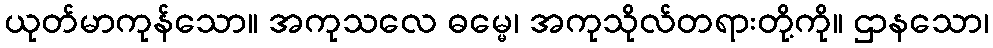
ယုတ်မာကုန်သော။ အကုသလေ ဓမ္မေ၊ အကုသိုလ်တရားတို့ကို။ ဌာနသော၊